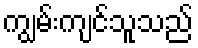
ကျွမ်းကျင်သူသည်